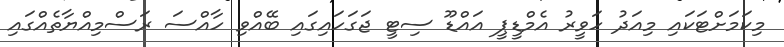
މިކަމަށްޓަކައި މިއަދު ހަވީރު އެމްޑީޕީ އައްޑޫ ސިޓީ ޖަގަހައިގައި ބޭއްވި ހާއްސަ ރަސްމިއްޔާތެއްގައި